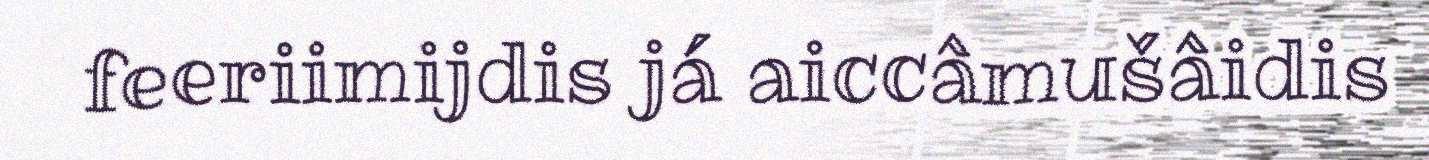
feeriimijdis já aiccâmušâidis